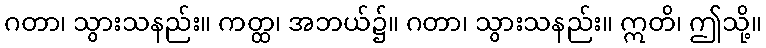
ဂတာ၊ သွားသနည်း။ ကတ္ထ၊ အဘယ်၌။ ဂတာ၊ သွားသနည်း။ ဣတိ၊ ဤသို့။